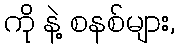
ကို နဲ့ စနစ်များ,